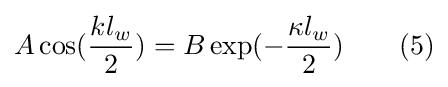
A\cos({\frac {kl_{w}}{2}})=B\exp(-{\frac {\kappa l_{w}}{2}})\quad \quad (5)